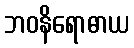
ဘဝနိရောဓာယ